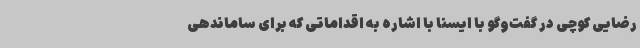
رضایی کوچی در گفت‌وگو با ایسنا با اشاره به اقداماتی که برای ساماندهی